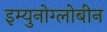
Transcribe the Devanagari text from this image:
इम्युनोग्लोबीन